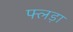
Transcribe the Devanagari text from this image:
फ्लड़ा